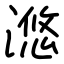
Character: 滺